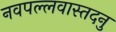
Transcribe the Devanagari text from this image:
नवपल्लवास्तदनु